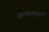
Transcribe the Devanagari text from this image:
गरुणाचार्या